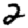
Digit: 2